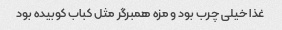
غذا خیلی چرب بود و مزه همبرگر مثل کباب کوبیده بود